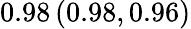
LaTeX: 0.98\left(0.98,0.96\right)